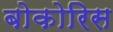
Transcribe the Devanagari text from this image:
बोकोरिस